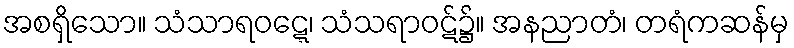
အစရှိသော။ သံသာရဝဋ္ဋေ၊ သံသရာဝဋ်၌။ အနညာတံ၊ တရံကဆန်မှ